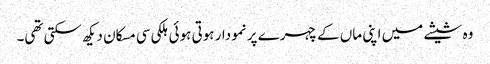
وہ شیشے میں اپنی ماں کے چہرے پر نمودار ہوتی ہوئی ہلکی سی مسکان دیکھ سکتی تھی۔